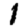
Digit: 1